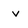
Character: v